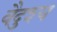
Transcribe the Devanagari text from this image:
वैदुश्य